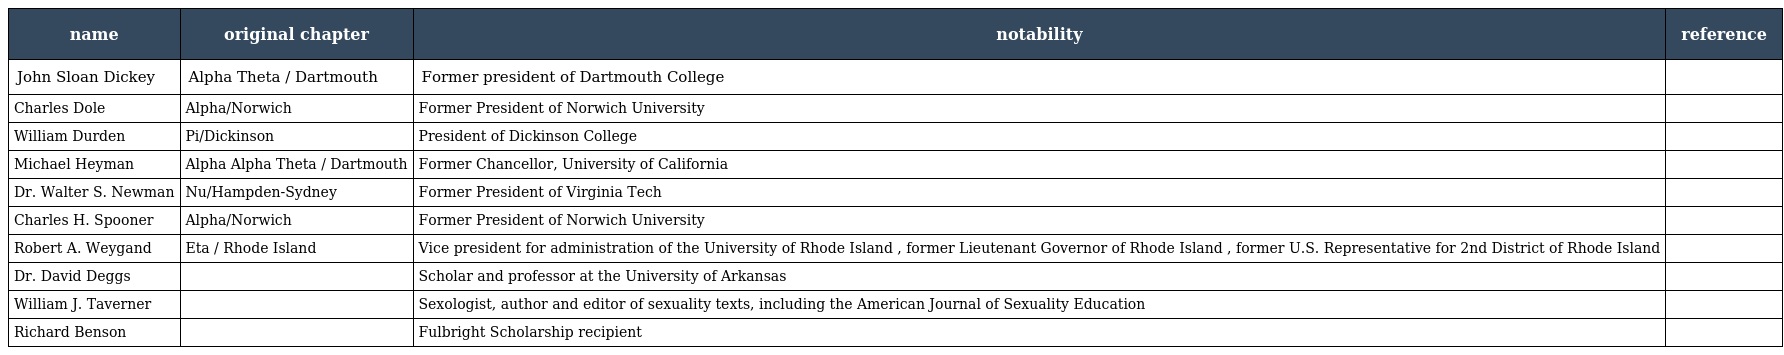
| name | original chapter | notability | reference |
 | --- | --- | --- | --- |
 | John Sloan Dickey | Alpha Theta / Dartmouth | Former president of Dartmouth College |  |
 | Charles Dole | Alpha/Norwich | Former President of Norwich University |  |
 | William Durden | Pi/Dickinson | President of Dickinson College |  |
 | Michael Heyman | Alpha Alpha Theta / Dartmouth | Former Chancellor, University of California |  |
 | Dr. Walter S. Newman | Nu/Hampden-Sydney | Former President of Virginia Tech |  |
 | Charles H. Spooner | Alpha/Norwich | Former President of Norwich University |  |
 | Robert A. Weygand | Eta / Rhode Island | Vice president for administration of the University of Rhode Island , former Lieutenant Governor of Rhode Island , former U.S. Representative for 2nd District of Rhode Island |  |
 | Dr. David Deggs |  | Scholar and professor at the University of Arkansas |  |
 | William J. Taverner |  | Sexologist, author and editor of sexuality texts, including the American Journal of Sexuality Education |  |
 | Richard Benson |  | Fulbright Scholarship recipient |  |